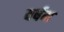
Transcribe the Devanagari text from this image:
वर्षम